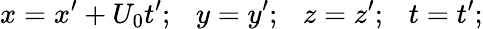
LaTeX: x=x^{\prime}+U_{0}t^{\prime};~~~y=y^{\prime};~~~z=z^{\prime};~~~t=t^{\prime};